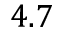
4 . 7